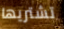
تشتريها